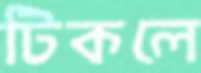
টিকলে